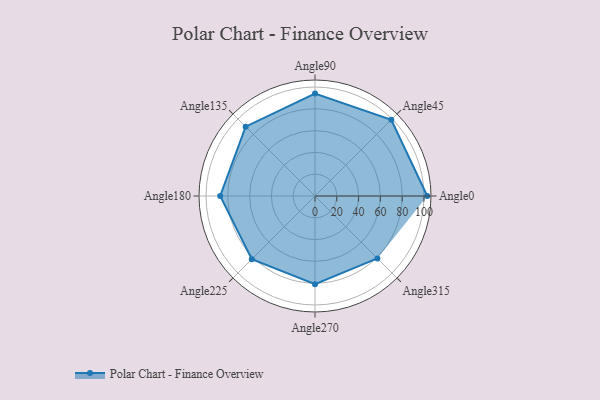
{"axis": {"x": "Angle", "y": "Radius"}, "legend": [""], "data": [{"x": "Angle0", "y": 103.0, "type": ""}, {"x": "Angle45", "y": 99.0, "type": ""}, {"x": "Angle90", "y": 94.0, "type": ""}, {"x": "Angle135", "y": 90.0, "type": ""}, {"x": "Angle180", "y": 87.0, "type": ""}, {"x": "Angle225", "y": 82.0, "type": ""}, {"x": "Angle270", "y": 81.0, "type": ""}, {"x": "Angle315", "y": 81.0, "type": ""}]}